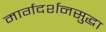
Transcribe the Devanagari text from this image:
मार्गदर्शनसुद्धा